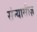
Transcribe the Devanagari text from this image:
संन्यासीज़